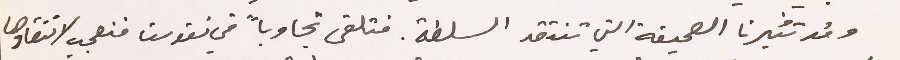
وقد تثيرنا الصحيفة التي تنتقد السلطة. فتلقى تجاوباً في نفوسنا فنعجب لانتقادها